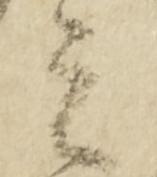
者